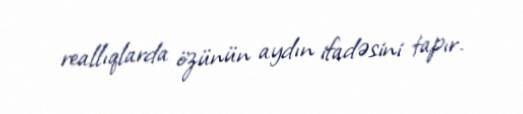
reallıqlarda özünün aydın ifadəsini tapır.